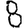
Digit: 8